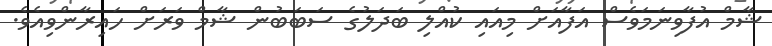
ޝާމް އުފާވިނަމަވެސް އަފާއަށް މިއައި ކުއްލި ބަދަލުގެ ސަބަބުން ޝާމް ވަރަށް ހައިރާންވިއެވެ.